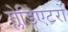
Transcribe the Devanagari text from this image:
ग्लेडिएटरों